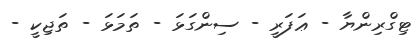
ޓިގްރިންޔާ - ޢަފަރީ - ސިންގަޅަ - ތަމަޅަ - ތަޖިކީ -